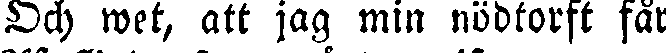
Och wet, att jag min nödtorft får